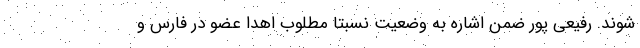
شوند. رفیعی پور ضمن اشاره به وضعیت نسبتا مطلوب اهدا عضو در فارس و